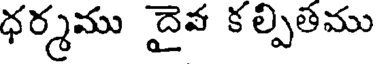
ధర్మము దైవ కల్పితము